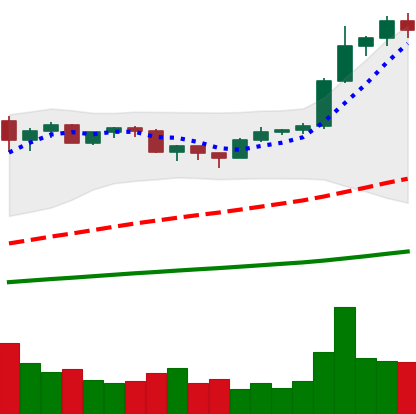
Ticker: BTC-USD
Chart end date: 2020-12-20
Forward return: 5.058%
Label: up_5_7